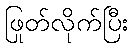
ဖြုတ်လိုက်ပြီး